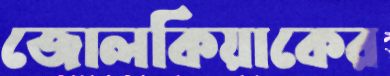
জোলকিয়াকের